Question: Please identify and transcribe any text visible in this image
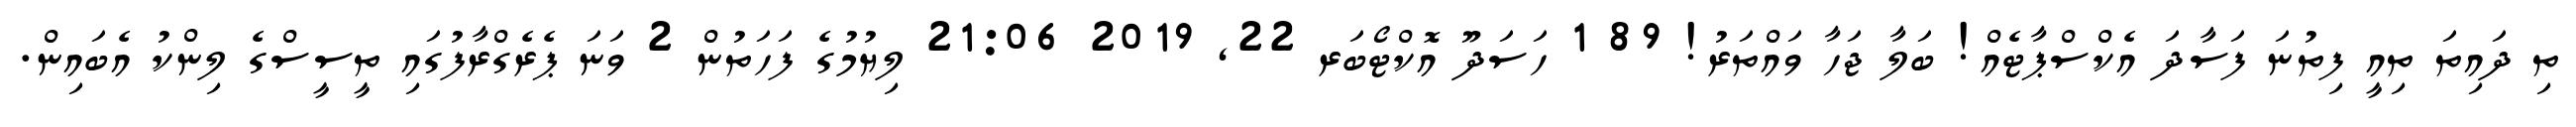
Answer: ތި ދައިތަ ތިއީ ފިތުނަ ފަސާދަ އެކްސްޕާޓެއް! ބަލާ ޖަހާ ވައްތަރު! 89 1 ހަސަދޫ އޮކްޓޯބަރ 22, 2019 21:06 ލިޔުމުގެ ފަހަތުން 2 ވަނަ ޕެރެގްރާފުގައި ތީސީސްގެ ލިންކު އެބައިން.